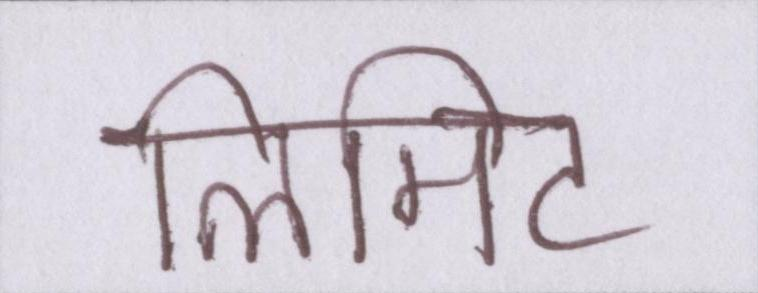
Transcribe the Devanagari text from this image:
लिमिट